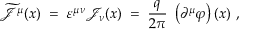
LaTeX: \widetilde { { \mathcal J } } ^ { \mu } ( x ) \; = \; \varepsilon ^ { \mu \nu } { \mathcal J } _ { \nu } ( x ) \; = \; \frac { q } { 2 \pi } ~ \left( \partial ^ { \mu } \varphi \right) ( x ) ~ ,